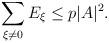
LaTeX: \begin{align*} \sum_{\xi\not=0}E_\xi \leq p|A|^2. \end{align*}